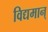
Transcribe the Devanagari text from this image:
विद्यमान्